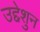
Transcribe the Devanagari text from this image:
उद्देशुन